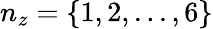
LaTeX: n_{z}=\{ 1,2,...,6\}